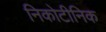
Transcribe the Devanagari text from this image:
निकोटीनिक